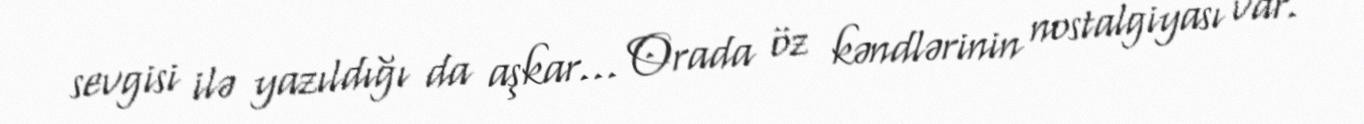
sevgisi ilə yazıldığı da aşkar... Orada öz kəndlərinin nostalgiyası var.